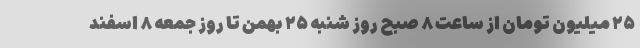
۲۵ میلیون تومان از ساعت ۸ صبح روز شنبه ۲۵ بهمن تا روز جمعه ۸ اسفند